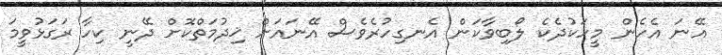
އޭނަ އެހެން މީހަކުދެކެ ލޯބިވާކަން އެނގިހުރެވެސް އޭނައަށް ޚިދުމަތްކޮށް ދޭނީ ކިހާ ރަގަޅުވީމަ